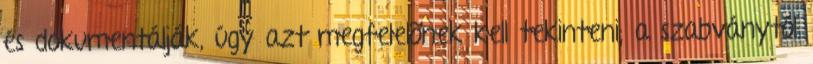
és dokumentálják, úgy azt megfelelõnek kell tekinteni; a szabványtól